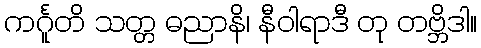
ကင်္ဂူတိ သတ္တ ဓညာနိ၊ နီဝါရာဒီ တု တဗ္ဘိဒါ။